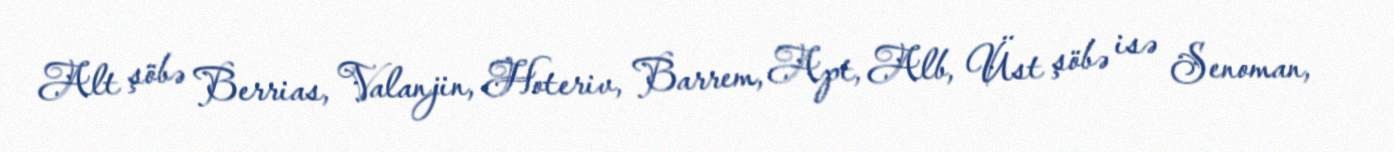
Alt şöbə Berrias, Valanjin, Hoteriv, Barrem, Apt, Alb, Üst şöbə isə Senoman,